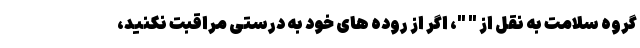
گروه سلامت به نقل از " "، اگر از روده های خود به درستی مراقبت نکنید،